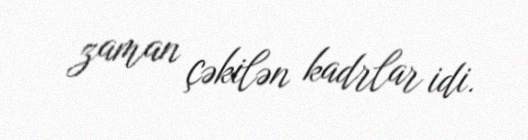
zaman çəkilən kadrlar idi.